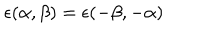
\epsilon ( \alpha , \beta ) = \epsilon ( - \beta , - \alpha )